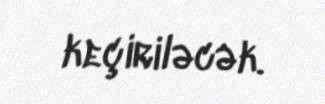
keçiriləcək.